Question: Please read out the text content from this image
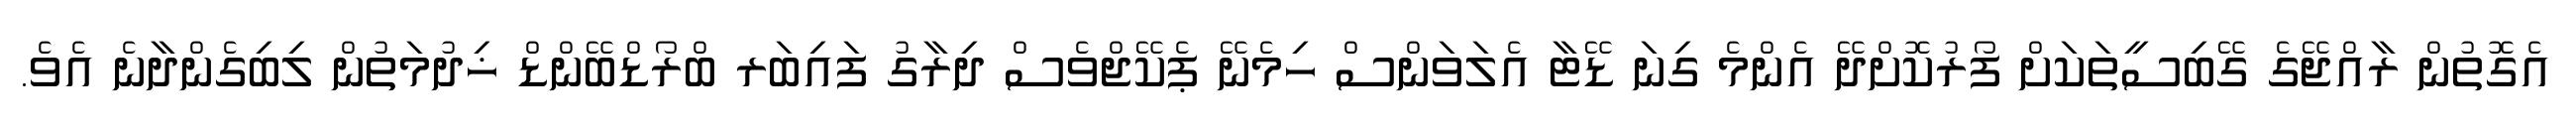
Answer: އެގޮތުން ރާއްޖޭގެ ގޭބިސީތަކަށް ފޯރުކޮށްދޭ އެންމެ ގިނަ ޑޭޓާ އެލަވަންސް ހިމެނޭ ޕެކޭޖްވެސް ދިރާގު ފައިބަރ ބްރޯޑްބޭންޑް ޚިދުމަތުން ލިބިގެންދާނެ އެވެ.